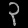
Digit: ၃